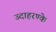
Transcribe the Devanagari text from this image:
उदाहरण्के